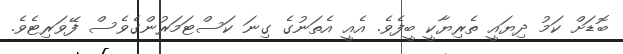
ބޮޑަށް ކަމު ދިޔައީ ތެރިޔާކީ ބީފެވެ. އެއީ އެތަނުގެ ގިނަ ކަސްޓަމަރުންގެވެސް ފޭވަރިޓެވެ.